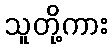
သူတို့ကား